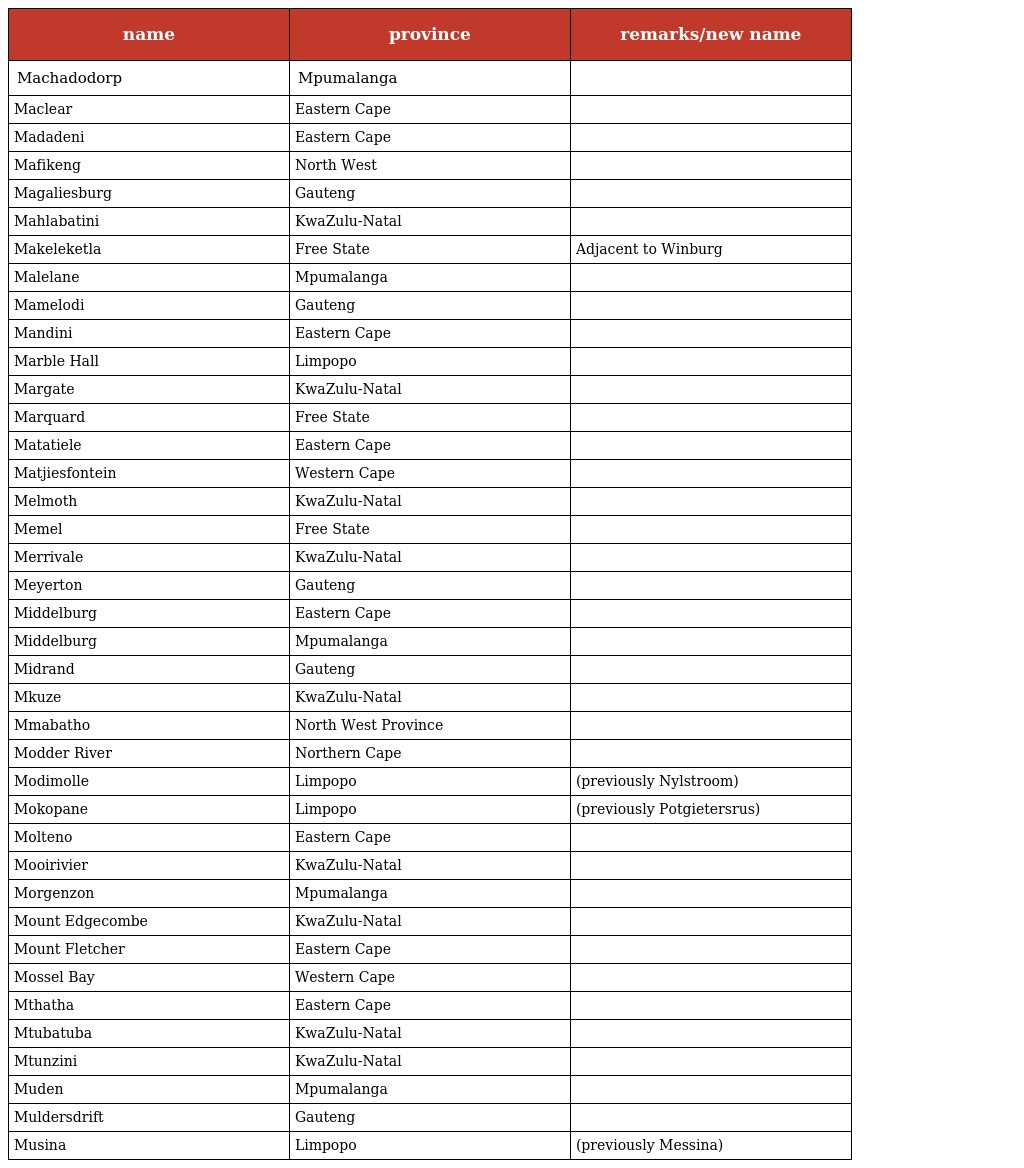
| name | province | remarks/new name |
 | --- | --- | --- |
 | Machadodorp | Mpumalanga |  |
 | Maclear | Eastern Cape |  |
 | Madadeni | Eastern Cape |  |
 | Mafikeng | North West |  |
 | Magaliesburg | Gauteng |  |
 | Mahlabatini | KwaZulu-Natal |  |
 | Makeleketla | Free State | Adjacent to Winburg |
 | Malelane | Mpumalanga |  |
 | Mamelodi | Gauteng |  |
 | Mandini | Eastern Cape |  |
 | Marble Hall | Limpopo |  |
 | Margate | KwaZulu-Natal |  |
 | Marquard | Free State |  |
 | Matatiele | Eastern Cape |  |
 | Matjiesfontein | Western Cape |  |
 | Melmoth | KwaZulu-Natal |  |
 | Memel | Free State |  |
 | Merrivale | KwaZulu-Natal |  |
 | Meyerton | Gauteng |  |
 | Middelburg | Eastern Cape |  |
 | Middelburg | Mpumalanga |  |
 | Midrand | Gauteng |  |
 | Mkuze | KwaZulu-Natal |  |
 | Mmabatho | North West Province |  |
 | Modder River | Northern Cape |  |
 | Modimolle | Limpopo | (previously Nylstroom) |
 | Mokopane | Limpopo | (previously Potgietersrus) |
 | Molteno | Eastern Cape |  |
 | Mooirivier | KwaZulu-Natal |  |
 | Morgenzon | Mpumalanga |  |
 | Mount Edgecombe | KwaZulu-Natal |  |
 | Mount Fletcher | Eastern Cape |  |
 | Mossel Bay | Western Cape |  |
 | Mthatha | Eastern Cape |  |
 | Mtubatuba | KwaZulu-Natal |  |
 | Mtunzini | KwaZulu-Natal |  |
 | Muden | Mpumalanga |  |
 | Muldersdrift | Gauteng |  |
 | Musina | Limpopo | (previously Messina) |